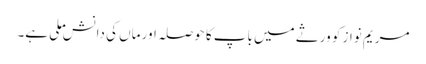
مریم نواز کو ورثے میں باپ کا حوصلہ اور ماں کی دانش ملی ہے۔